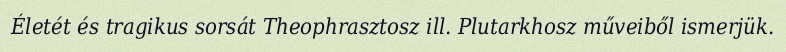
Életét és tragikus sorsát Theophrasztosz ill. Plutarkhosz műveiből ismerjük.